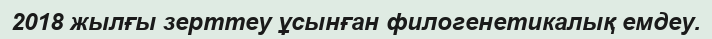
2018 жылғы зерттеу ұсынған филогенетикалық емдеу.